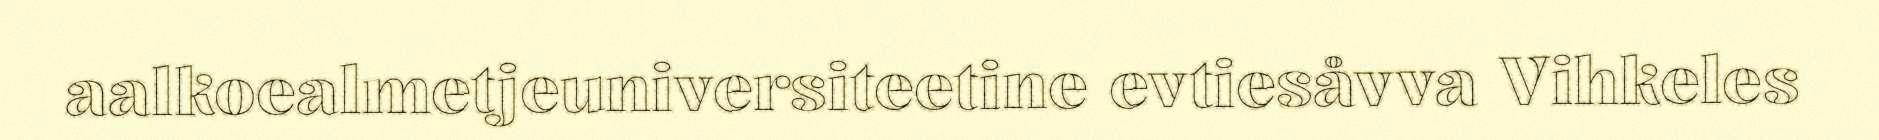
aalkoealmetjeuniversiteetine evtiesåvva Vihkeles